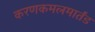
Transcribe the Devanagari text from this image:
करणकमलमार्तंड